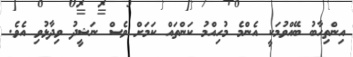
އިންތިހާބު ބޭއްވުމަކީ އެންމެ މުހިއްމު ކަންތައް ކަމަށް ވެސް ނަޝީދު ވިދާޅުވި އެވެ.